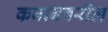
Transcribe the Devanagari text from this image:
कबाबवरील